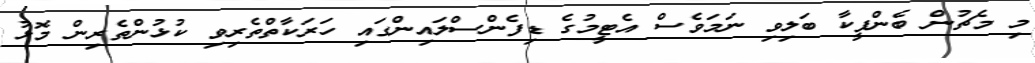
މި މެޗުން ބެންފީކާ ބަލިވި ނަމަވެސް އެޓީމުގެ ޑިފެންސްލައިންގައި ހަރަކާތްތެރިވި ކުޅުންތެރިން މޮޅު